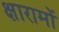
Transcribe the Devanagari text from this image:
क्षारामों